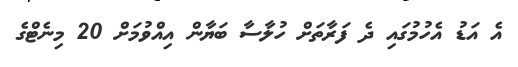
އެ އަޑު އެހުމުގައި ދެ ފަރާތަށް ހުލާސާ ބަޔާން އިއްވުމަށް 20 މިނެޓްގެ